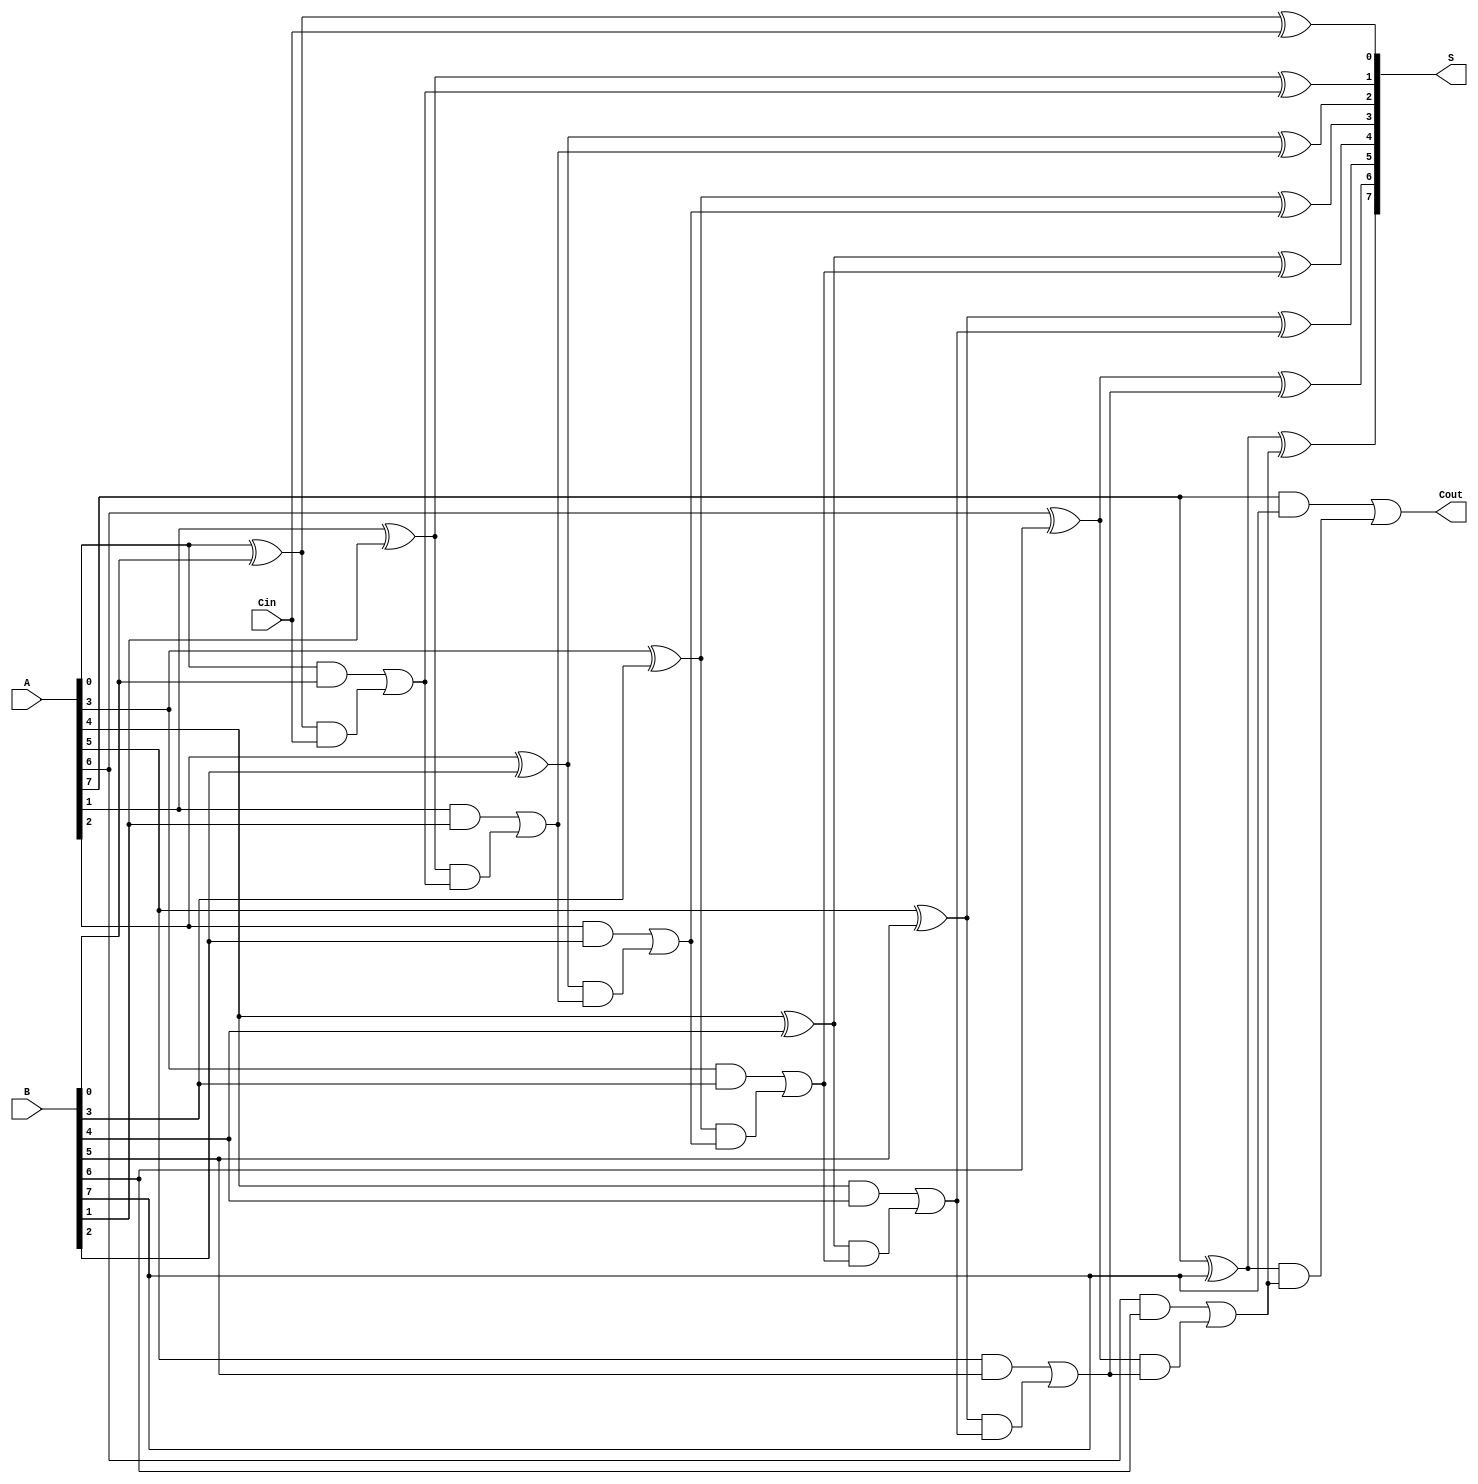
module ManchesterCarryChainAdder #(parameter N = 8) (
    input  wire [N-1:0] A,      // First n-bit input
    input  wire [N-1:0] B,      // Second n-bit input
    input  wire Cin,             // Carry-in
    output wire [N-1:0] S,      // n-bit sum output
    output wire Cout             // Carry-out
);

    wire [N:0] C;               // Carry signals (C[0] = Cin)
    
    // Generate carry signals using Manchester Carry Chain logic
    assign C[0] = Cin;          // Initial carry input
    genvar i;
    generate
        for (i = 0; i < N; i = i + 1) begin : carry_generation
            assign C[i+1] = (A[i] & B[i]) | ((A[i] ^ B[i]) & C[i]);
        end
    endgenerate

    // Calculate sum using the generated carry signals
    generate
        for (i = 0; i < N; i = i + 1) begin : sum_calculation
            assign S[i] = A[i] ^ B[i] ^ C[i];  // Sum calculation
        end
    endgenerate

    // Carry-out is the last carry generated
    assign Cout = C[N];

endmodule